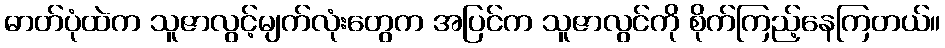
ဓာတ်ပုံထဲက သူဇာလွင့်မျက်လုံးတွေက အပြင်က သူဇာလွင်ကို စိုက်ကြည့်နေကြတယ်။